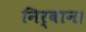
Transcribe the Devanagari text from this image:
निर्वान।